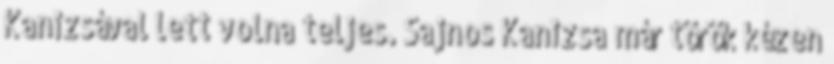
Kanizsával lett volna teljes. Sajnos Kanizsa már török kézen